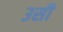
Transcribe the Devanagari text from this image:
३सी